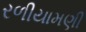
રળીયામણી